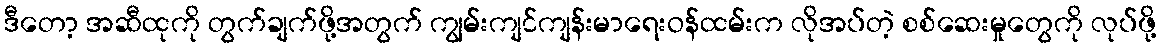
ဒီတော့ အဆီထုကို တွက်ချက်ဖို့အတွက် ကျွမ်းကျင်ကျန်းမာရေးဝန်ထမ်းက လိုအပ်တဲ့ စစ်ဆေးမှုတွေကို လုပ်ဖို့